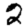
Digit: 2